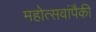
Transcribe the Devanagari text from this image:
महोत्सवांपैकी